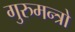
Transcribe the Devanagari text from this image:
गुरुमन्त्रो